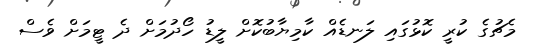
މެޗުގެ ކުރީ ކޮޅުގައި ލަނޑެއް ކާމިޔާބުކޮށް ލީޑު ހޯދުމަށް ދެ ޓީމަށް ވެސް